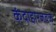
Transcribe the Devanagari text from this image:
कंदाहारजवळ